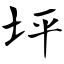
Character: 坪